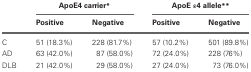
|  | <COLSPAN=2> ApoE4 carrier* | <COLSPAN=2> ApoE ε4 allele** |
 |  | Positive | Negative | Positive | Negative |
 | --- | --- | --- | --- | --- |
 | C | 51 (18.3%) | 228 (81.7%) | 57 (10.2%) | 501 (89.8%) |
 | AD | 63 (42.0%) | 87 (58.0%) | 72 (24.0%) | 228 (76%) |
 | DLB | 21 (42.0%) | 29 (58.0%) | 27 (24.0%) | 73 (76.0%) |